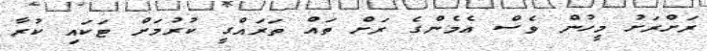
ރަށްރަށު މީހުން ވެސް އެމެންގެ ރަށް ތައް ތަރައްގީ ކުރުމަށް ޓަަކައި ކުރާ